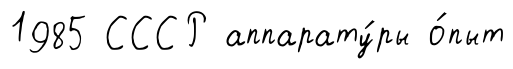
1985 СССР аппарату́ры о́пыт